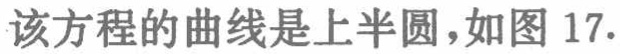
该方程的曲线是上半圆，如图 17.